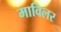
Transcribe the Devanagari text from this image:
माविलर